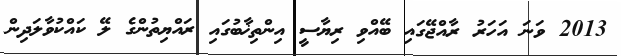
2013 ވަނަ އަހަރު ރާއްޖޭގައި ބޭއްވި ރިޔާސީ އިންތިޚާބުގައި ރައްޔިތުންގެ ލޭ ކައްކުވާލަދިން